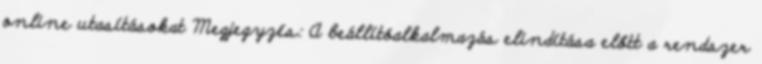
online utasításokat Megjegyzés: A beállítóalkalmazás elindítása előtt a rendszer